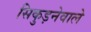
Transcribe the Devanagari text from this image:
सिकुड़नेवाले